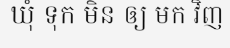
ឃុំ ទុក មិន ឲ្យ មក វិញ